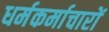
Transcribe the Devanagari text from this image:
धर्मकर्माचारों